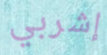
إشربي